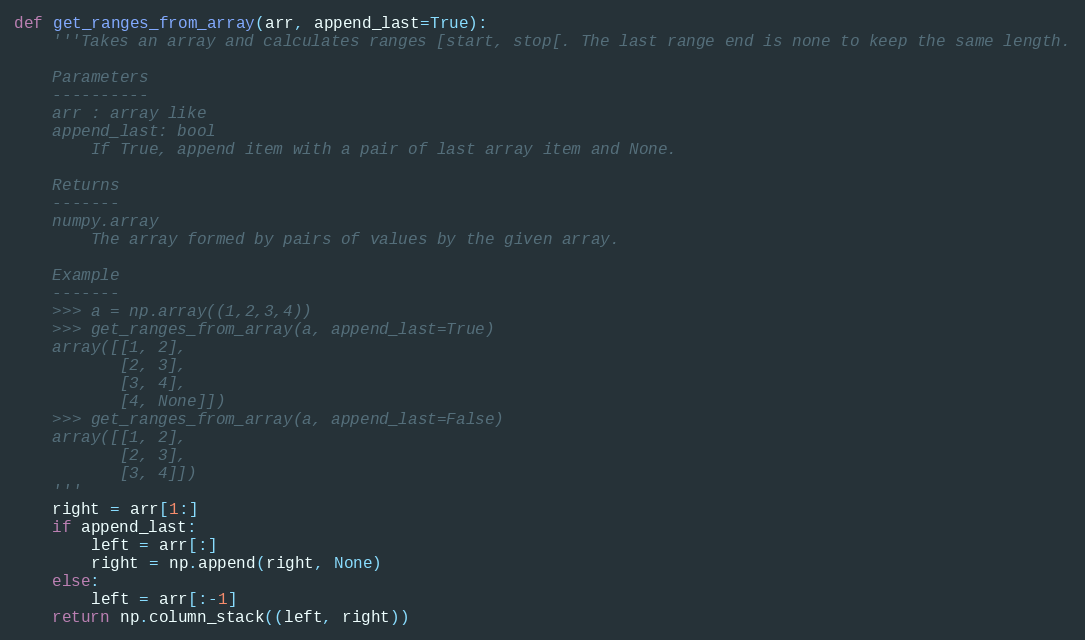
Language: Python
def get_ranges_from_array(arr, append_last=True):
    '''Takes an array and calculates ranges [start, stop[. The last range end is none to keep the same length.

    Parameters
    ----------
    arr : array like
    append_last: bool
        If True, append item with a pair of last array item and None.

    Returns
    -------
    numpy.array
        The array formed by pairs of values by the given array.

    Example
    -------
    >>> a = np.array((1,2,3,4))
    >>> get_ranges_from_array(a, append_last=True)
    array([[1, 2],
           [2, 3],
           [3, 4],
           [4, None]])
    >>> get_ranges_from_array(a, append_last=False)
    array([[1, 2],
           [2, 3],
           [3, 4]])
    '''
    right = arr[1:]
    if append_last:
        left = arr[:]
        right = np.append(right, None)
    else:
        left = arr[:-1]
    return np.column_stack((left, right))